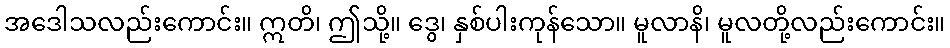
အဒေါသလည်းကောင်း။ ဣတိ၊ ဤသို့။ ဒွေ၊ နှစ်ပါးကုန်သော။ မူလာနိ၊ မူလတို့လည်းကောင်း။